Annual statistical returns and brief notes on vaccination in Bengal - 1909-1929
Year: 1909
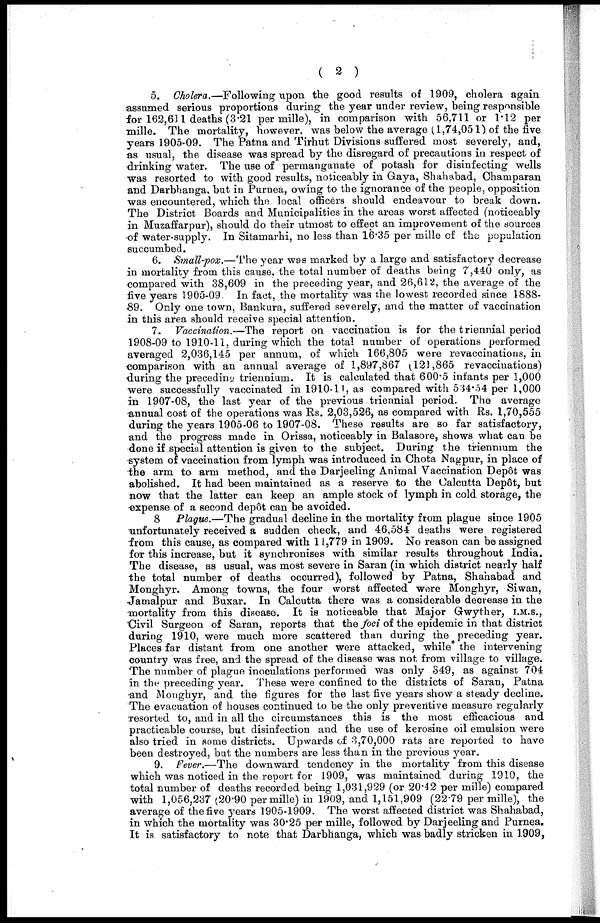
( 2 )
5. Cholera.—Following upon the good results of 1909, cholera again
assumed serious proportions during the year under review, being responsible
for 162,611 deaths (3.21 per mille), in comparison with 56,711 or 1.12 per
mille. The mortality, however, was below the average (1,74,051) of the five
years 1905-09. The Patna and Tirhut Divisions suffered most severely, and,
as usual, the disease was spread by the disregard of precautions in respect of
drinking water. The use of permanganate of potash for disinfecting wells
was resorted to with good results, noticeably in Gaya, Shahabad, Champaran
and Darbhanga, but in Purnea, owing to the ignorance of the people, opposition
was encountered, which the local officers should endeavour to break down.
The District Boards and Municipalities in the areas worst affected (noticeably
in Muzaffarpur), should do their utmost to effect an improvement of the sources
of water-supply. In Sitamarhi, no less than 16.35 per mille of the population
succumbed.
6. Small-pox.—The year was marked by a large and satisfactory decrease
in mortality from this cause, the total number of deaths being 7,440 only, as
compared with 38,609 in the preceding year, and 26,612, the average of the
five years 1905-09. In fact, the mortality was the lowest recorded since 1888-
89. Only one town, Bankura, suffered severely, and the matter of vaccination
in this area should receive special attention.
7. Vaccination.—The report on vaccination is for the triennial period
1908-09 to 1910-11, during which the total number of operations performed
averaged 2,036,145 per annum, of which 166,805 were revaccinations, in
comparison with an annual average of 1,897,867 (121,865 revaccinations)
during the preceding triennium. It is calculated that 600.5 infants per 1,000
were successfully vaccinated in 1910-11, as compared with 534.54 per 1,000
in 1907-08, the last year of the previous triennial period. The average
annual cost of the operations was Rs. 2,03,526, as compared with Rs. 1,70,555
during the years 1905-06 to 1907-08. These results are so far satisfactory,
and the progress made in Orissa, noticeably in Balasore, shows what can be
done if special attention is given to the subject. During the triennium the
system of vaccination from lymph was introduced in Chota Nagpur, in place of
the arm to arm method, and the Darjeeling Animal Vaccination Depôt was
abolished. It had been maintained as a reserve to the Calcutta Depôt, but
now that the latter can keep an ample stock of lymph in cold storage, the
expense of a second depôt can be avoided.
8 Plague.—The gradual decline in the mortality from plague since 1905
-unfortunately received a sudden check, and 46,584 deaths were registered
from this cause, as compared with 11,779 in 1909. No reason can be assigned
for this increase, but it synchronises with similar results throughout India.
The disease, as usual, was most severe in Saran (in which district nearly half
the total number of deaths occurred), followed by Patna, Shahabad and
Monghyr. Among towns, the four worst affected were Monghyr, Siwan,
Jamalpur and Buxar. In Calcutta there was a considerable decrease in the
mortality from this disease. It is noticeable that Major Gwyther, I.M.S.,
Civil Surgeon of Saran, reports that the foci of the epidemic in that district
during 1910, were much more scattered than during the preceding year.
Places far distant from one another were attacked, while the intervening
country was free, and the spread of the disease was not from village to village.
The number of plague inoculations performed was only 349, as against 704
in the preceding year. These were confined to the districts of Saran, Patna
and Monghyr, and the figures for the last five years show a steady decline.
The evacuation of houses continued to be the only preventive measure regularly
resorted to, and in all the circumstances this is the most efficacious and
practicable course, but disinfection and the use of kerosine oil emulsion were
also tried in some districts. Upwards of 3,70,000 rats are reported to have
been destroyed, but the numbers are less than in the previous year.
9. Fever.—The downward tendency in the mortality from this disease
which was noticed in the report for 1909, was maintained during 1910, the
total number of deaths recorded being 1,031,929 (or 20.42 per mille) compared
with 1,056,237 (20.90 per mille) in 1909, and 1,151,909 (22.79 per mille), the
average of the five years 1905-1909. The worst affected district was Shahabad,
in which the mortality was 30.25 per mille, followed by Darjeeling and Purnea.
It is satisfactory to note that Darbhanga, which was badly stricken in 1909,